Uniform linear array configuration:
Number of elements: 64
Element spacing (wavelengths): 1
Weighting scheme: binomial
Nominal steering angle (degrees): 60
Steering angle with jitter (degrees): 60.299
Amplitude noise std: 0.05
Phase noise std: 0.05

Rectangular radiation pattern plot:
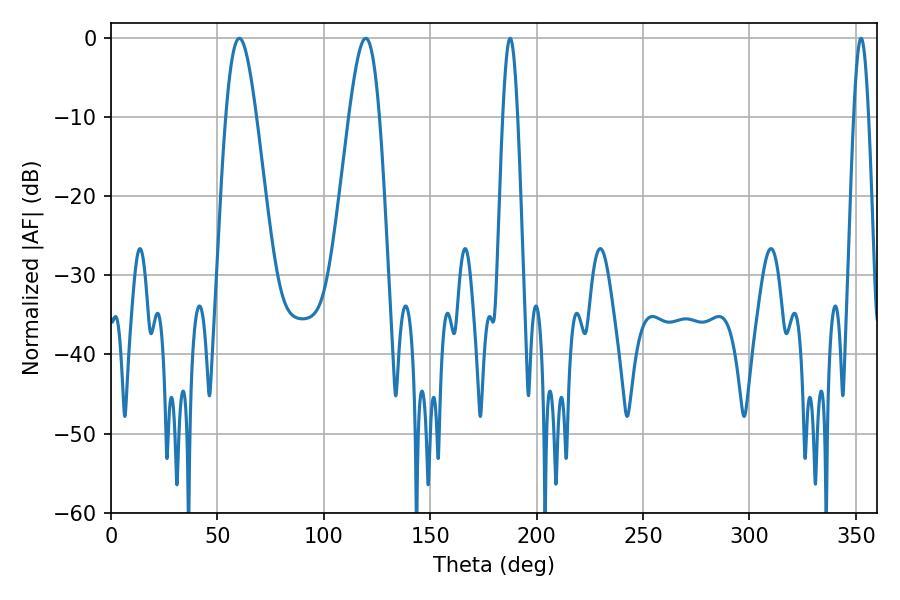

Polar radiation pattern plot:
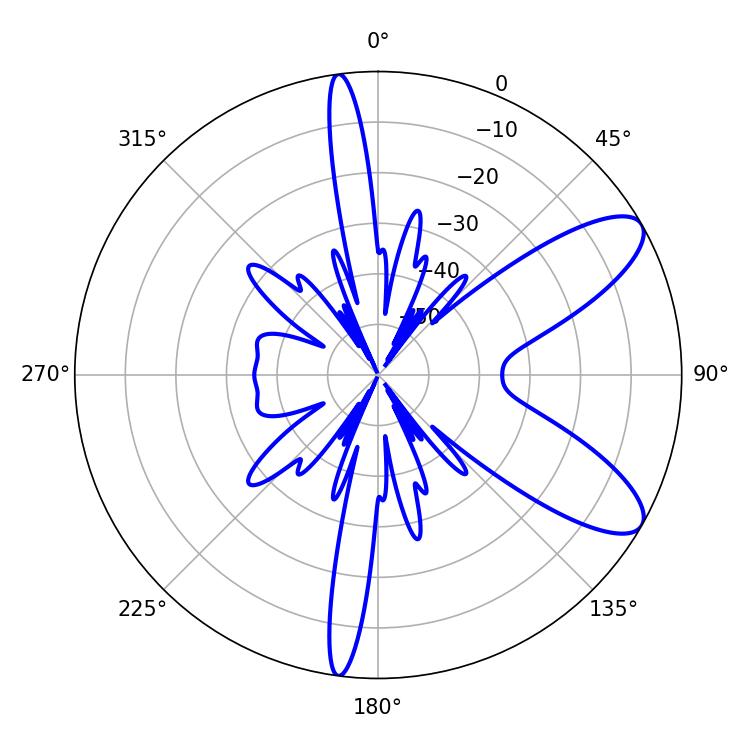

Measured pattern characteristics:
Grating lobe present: TRUE
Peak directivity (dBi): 9.262
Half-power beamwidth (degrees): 7.74
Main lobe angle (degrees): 60.3